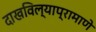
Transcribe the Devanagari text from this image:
दाखविल्याप्रामाणे